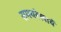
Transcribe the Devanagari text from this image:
समयरेखायें